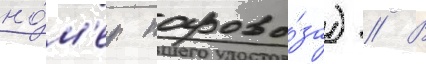
но́м'ер парово́за) // В